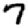
Digit: 7